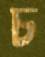
চ